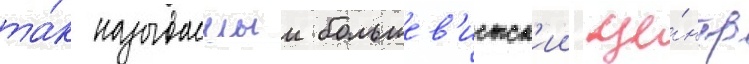
та́к называемыи большев'истск'ии це́нтр